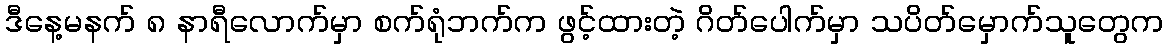
ဒီနေ့မနက် ၈ နာရီလောက်မှာ စက်ရုံဘက်က ဖွင့်ထားတဲ့ ဂိတ်ပေါက်မှာ သပိတ်မှောက်သူတွေက